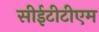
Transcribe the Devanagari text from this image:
सीईटीटीएम